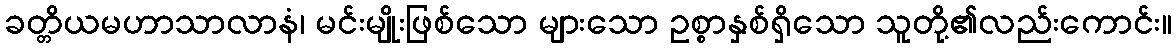
ခတ္တိယမဟာသာလာနံ၊ မင်းမျိုးဖြစ်သော များသော ဥစ္စာနှစ်ရှိသော သူတို့၏လည်းကောင်း။